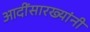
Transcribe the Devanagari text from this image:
आदींसारख्यांनी